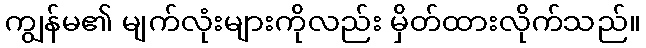
ကျွန်မ၏ မျက်လုံးများကိုလည်း မှိတ်ထားလိုက်သည်။